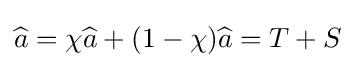
{\widehat {a}}=\chi {\widehat {a}}+(1-\chi ){\widehat {a}}=T+S